Code of medical and sanitary regulations for the guidance of medical officers serving in the Madras Presidency - Volume II
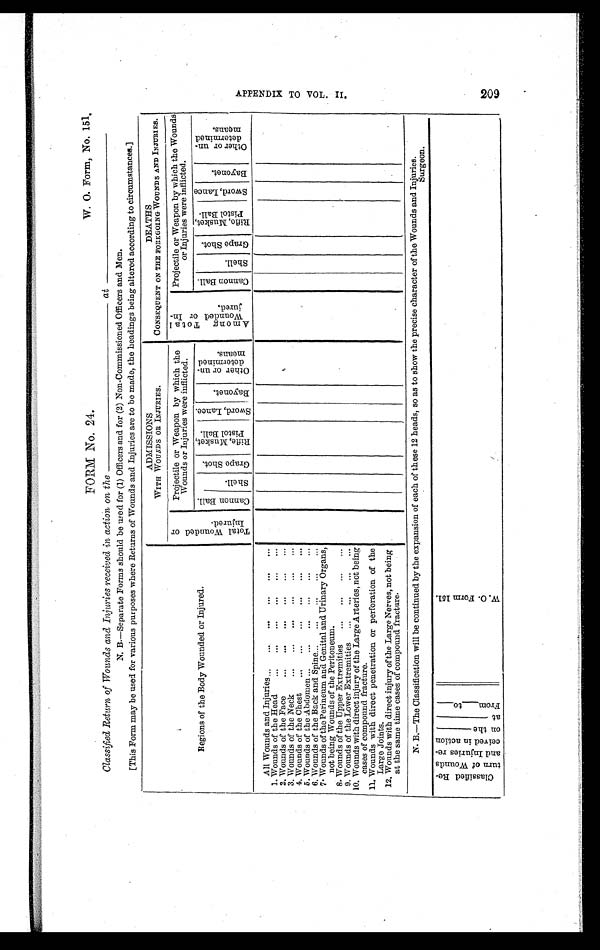
FORM No. 24.
W. O. Form, No. 151
.
Classified Return of Wounds and Injuries received in action on the ____________________________at ____________________________
N. B.—Separate Forms should be used for (1) Officers and for (2) Non-Commissioned Officers and Men.
[This Form may be used for various pur p oses where Returns of Wounds and Injuries are to be made, the headings being altered according to circumstances.]
Regions of the Body Wounded or Injured.
ADMISSIONS
WITH WOUNDS OR INJURIES.
DEATHS
CONSEQUENT ON THE FOREGOING WOUNDS AND INJURIES.
T o t a l W o u n d e d o r
I n j u r e d .
Projectile or Weapon by which the
Wounds or Injuries were inflicted.
A m o n g T o t a l
W o u n d e d o r I n -
j u r e d .
Projectile or Weapon by which the Wounds
or Injuries were inflicted.
C a n n o n B a l l .
S h e l l .
G r a p e S h o t .
R i f l e , M u s k e t ,
P i s t o l B a l l .
S w o r d , L a n c e .
B a y o n e t .
O t h e r o r u n -
d e t e r m i n e d
m e a n s .
C a n n o n B a l l .
S h e l l .
G r a p e S h o t .
R i f l e , M u s k e t ,
P i s t o l B a l l .
S w o r d , L a n c e
B a y o n e t .
O t h e r o r u n -
d e t e r m i n e d
m e a n s .
All Wounds and Injuries ... ... ... ... ... ...
1. Wounds of the Head ... ... ... ... ... ...
2. Wounds of the Face ... ... ... ... ... ...
3. Wounds of the Neck ... ... ... ... ... ...
4. Wounds of the Chest ... ... ... ... ... ...
5. Wounds of the Abdomen ... ... ... ... ... ...
6. Wounds of the Back and Spine ... ... ... ... ...
7. Wounds of the Perineum and Genital and Urinary Organs,
not being Wounds of the Peritoneum.
8. Wounds of the Upper Extremities ... ... ... ...
9. Wounds of the Lower Extremities ... ... ... ...
10. Wounds with direct injury of the Large Arteries, not being
cases of compound fracture.
11. Wounds with direct penetration or perforation of the
Large Joints.
12. Wounds with direct injury of the Large Nerves, not being
at the same time cases of compound fracture.
N. B.—The Classification will be continued by the expansion of each of these 12 heads, so as to show the precise character of the Wounds and Injuries.
Surgeon.
Classified Re-
turn of Wounds
and Injuries re-
ceived in action
on the________
at____________ From______t o_____
W . O F r o m 1 5 1 .
A P P E N D I X T O V O L . I I .
2 0 9